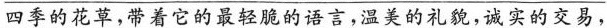
\underline{四季的花草，带着它的最轻脆的语言，温美的礼貌，诚实的交易，}